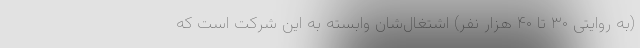
(به روایتی ۳۰ تا ۴۰ هزار نفر) اشتغال‌شان وابسته به این شرکت است که